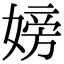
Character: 嫎